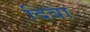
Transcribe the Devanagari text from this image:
दिबा